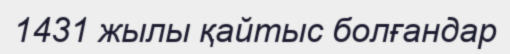
1431 жылы қайтыс болғандар